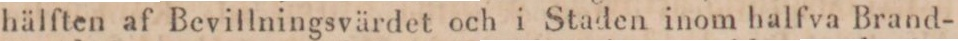
hälften af Bevillningsvärdet och i Staden inom halfva Brand-